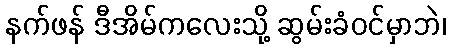
နက်ဖန် ဒီအိမ်ကလေးသို့ ဆွမ်းခံဝင်မှာဘဲ၊